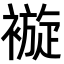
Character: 𧜽